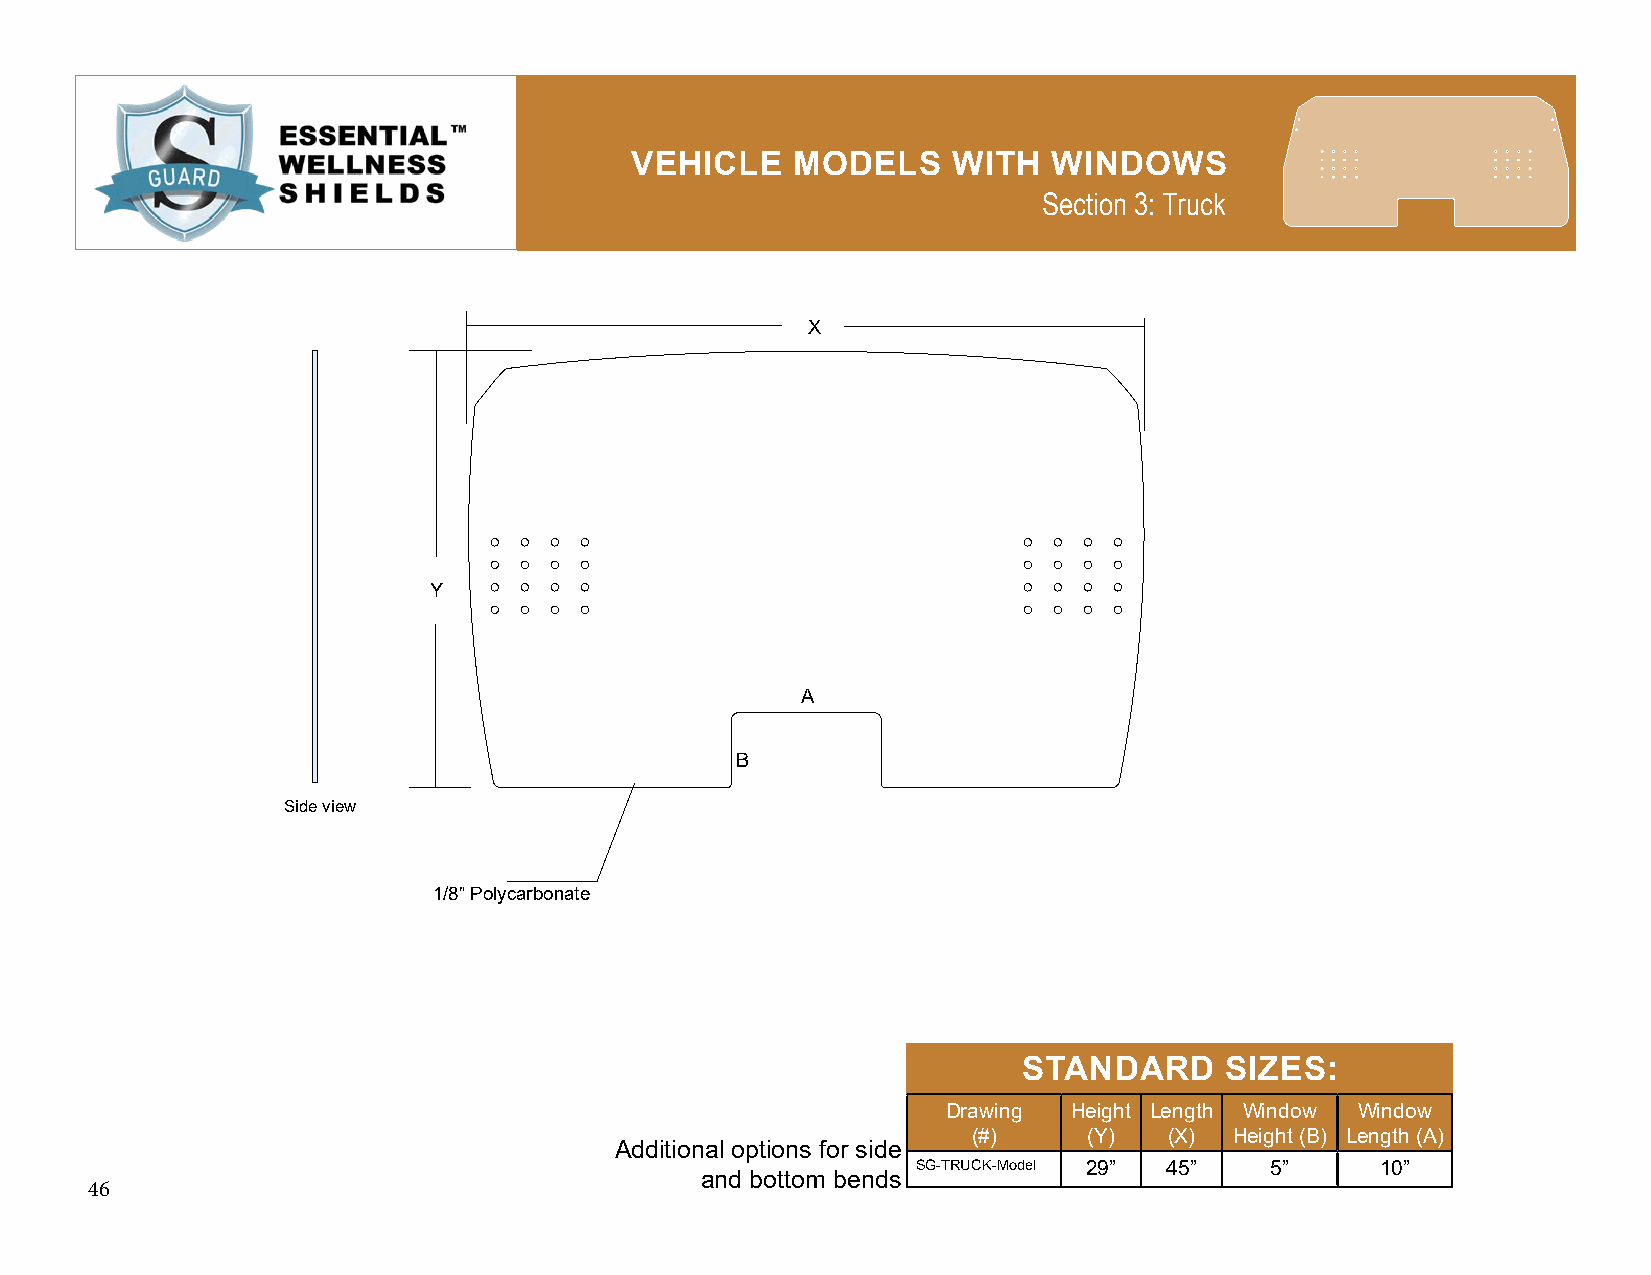
VEHICLE    MODELS    WITH   WINDOWS
 Section 3: Truck
 X
 Y
 A
 B
 Side view
 1/8” Polycarbonate
 STANDARD     SIZES:
 Drawing Height Length Window Window
 (#)     (Y)  (X)  Height (B) Length (A)
 Additional options for side
 SG-TRUCK-Model 29” 45” 5”     10”
 and bottom bends
 46